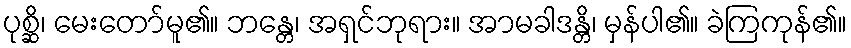
ပုစ္ဆိ၊ မေးတော်မူ၏။ ဘန္တေ၊ အရှင်ဘုရား။ အာမခါဒန္တိ၊ မှန်ပါ၏။ ခဲကြကုန်၏။